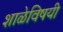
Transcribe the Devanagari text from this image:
शाळेविषयी